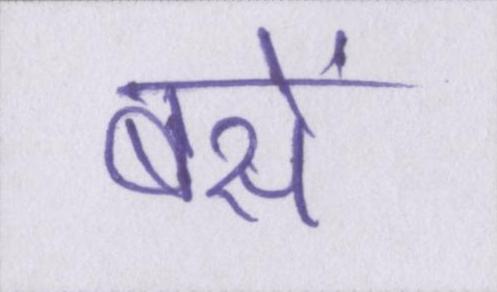
बसें